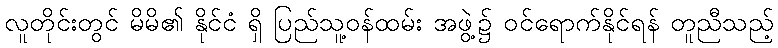
လူတိုင်းတွင် မိမိ၏ နိုင်ငံ ရှိ ပြည်သူ့ဝန်ထမ်း အဖွဲ့၌ ဝင်ရောက်နိုင်ရန် တူညီသည့်